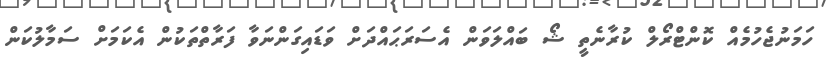
ހަމަނުޖެހުމެއް ކޮންޓްރޯލް ކުރާނެތީ ޝޯ ބައްލަވަން އެސަރަޙައްދަށް ވަޑައިގަންނަވާ ފަރާތްތަކުން އެކަމަށް ސަމާލުކަން